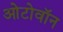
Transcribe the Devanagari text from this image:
ओटोवॉन